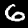
Label: 6